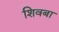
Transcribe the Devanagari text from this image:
शिवबा